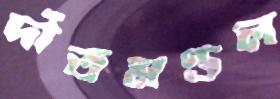
দাঁতমণ্ডল